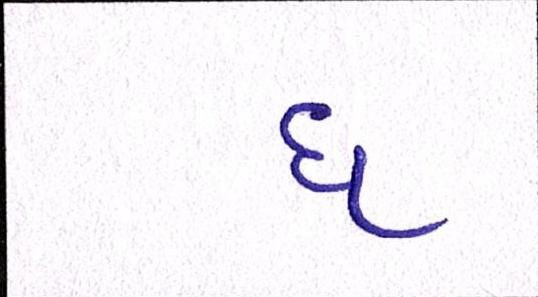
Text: ધ